Indian Medical Review
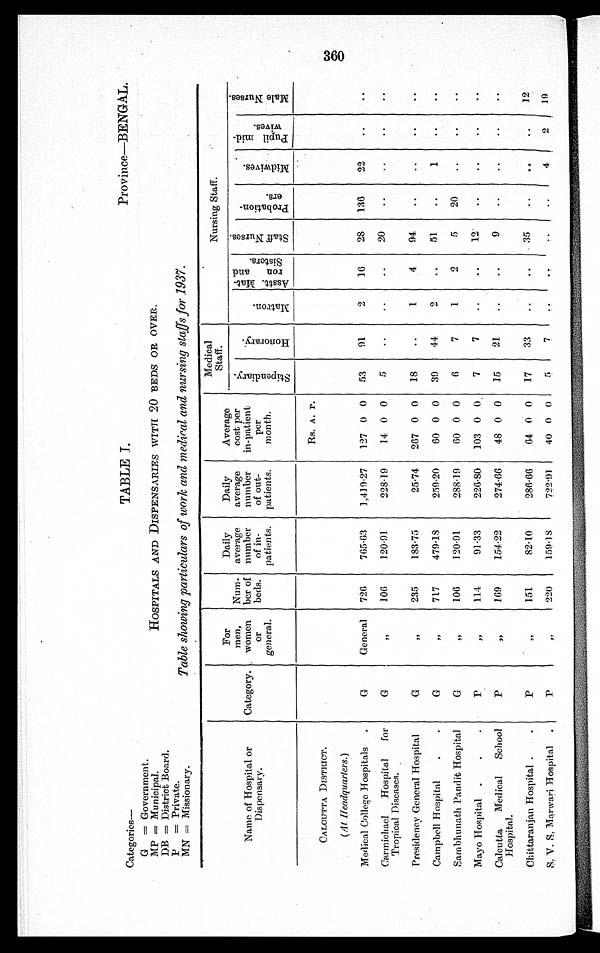
Categories—
T A B L E I .
Province—BENGAL.
G = Government.
MP = Municipal.
HOSPITALS AND DISPENSARIES WITH 20 BEDS OR OVER.
DB = District Board.
P = Private.
MN = Missionary.
Table showing particulars of work and medical and nursing staffs for 1937.
Name of Hospital or
Dispensary.
Category.
For
men,
women
or
general.
Num-
ber of
beds.
Daily
average
number
of in-
patients.
Daily
average
number
of out-
patients.
Average
cost per
in-patient
per
month.
Medical
Staff .
Nursing Staff.
S t i p e n d i a r y .
H o n o r a r y .
M a t r o n .
Asstt. Mat-
ron and Sisters.
S t a f f N u r s e s .
P r o b a t i o n -
e r s .
M i d w i v e s .
P u p i l m i d -
w i v e s .
M a l e N u r s e s .
Rs. A. P.
CALCUTTA DISTRICT.
(At Headquarters.)
Medical College Hospitals.
G
General
726
765·63
1,419·27
127 0 0
53
91
2
16
28
136
22
. .
..
Carmichael
Hospital for
Tropical Diseases.
G
' '
106
120·91
223·19
14 0 0
5
. .
..
..
20
..
. .
. .
. .
Presidency General Hospital
G
' '
235
183·75
25·74
267 0 0
18
. .
1
4
9 4
. .
. .
..
..
Campbell Hospital
G
' '
717
479·18
259·20
60 0 0
39
44
2
..
51
..
1
..
..
Sambhunath Pandit Hospital
G
' '
106
120·91
288·19
60 0 0
6
7
1
2
5
20
..
..
..
Mayo Hospital
P
' '
1·14
91· 33
226·80
103 0 0
7
7
..
..
12
..
..
..
..
Calcutta,
Medical
School
Hospital.
P
,,
169
154·22
274·66
48 0 0
15
21
..
..
9
..
..
..
..
Chittaranjan Hospital
P
' '
151
82·10
286·66
64 0 0
17
33
..
..
35
..
. .
..
12
S. V. S. Marwari Hospital
P
''
220
159·13
722·91
40 0 0
5
7
. .
. . . .
..
4
2
19
3 6 0